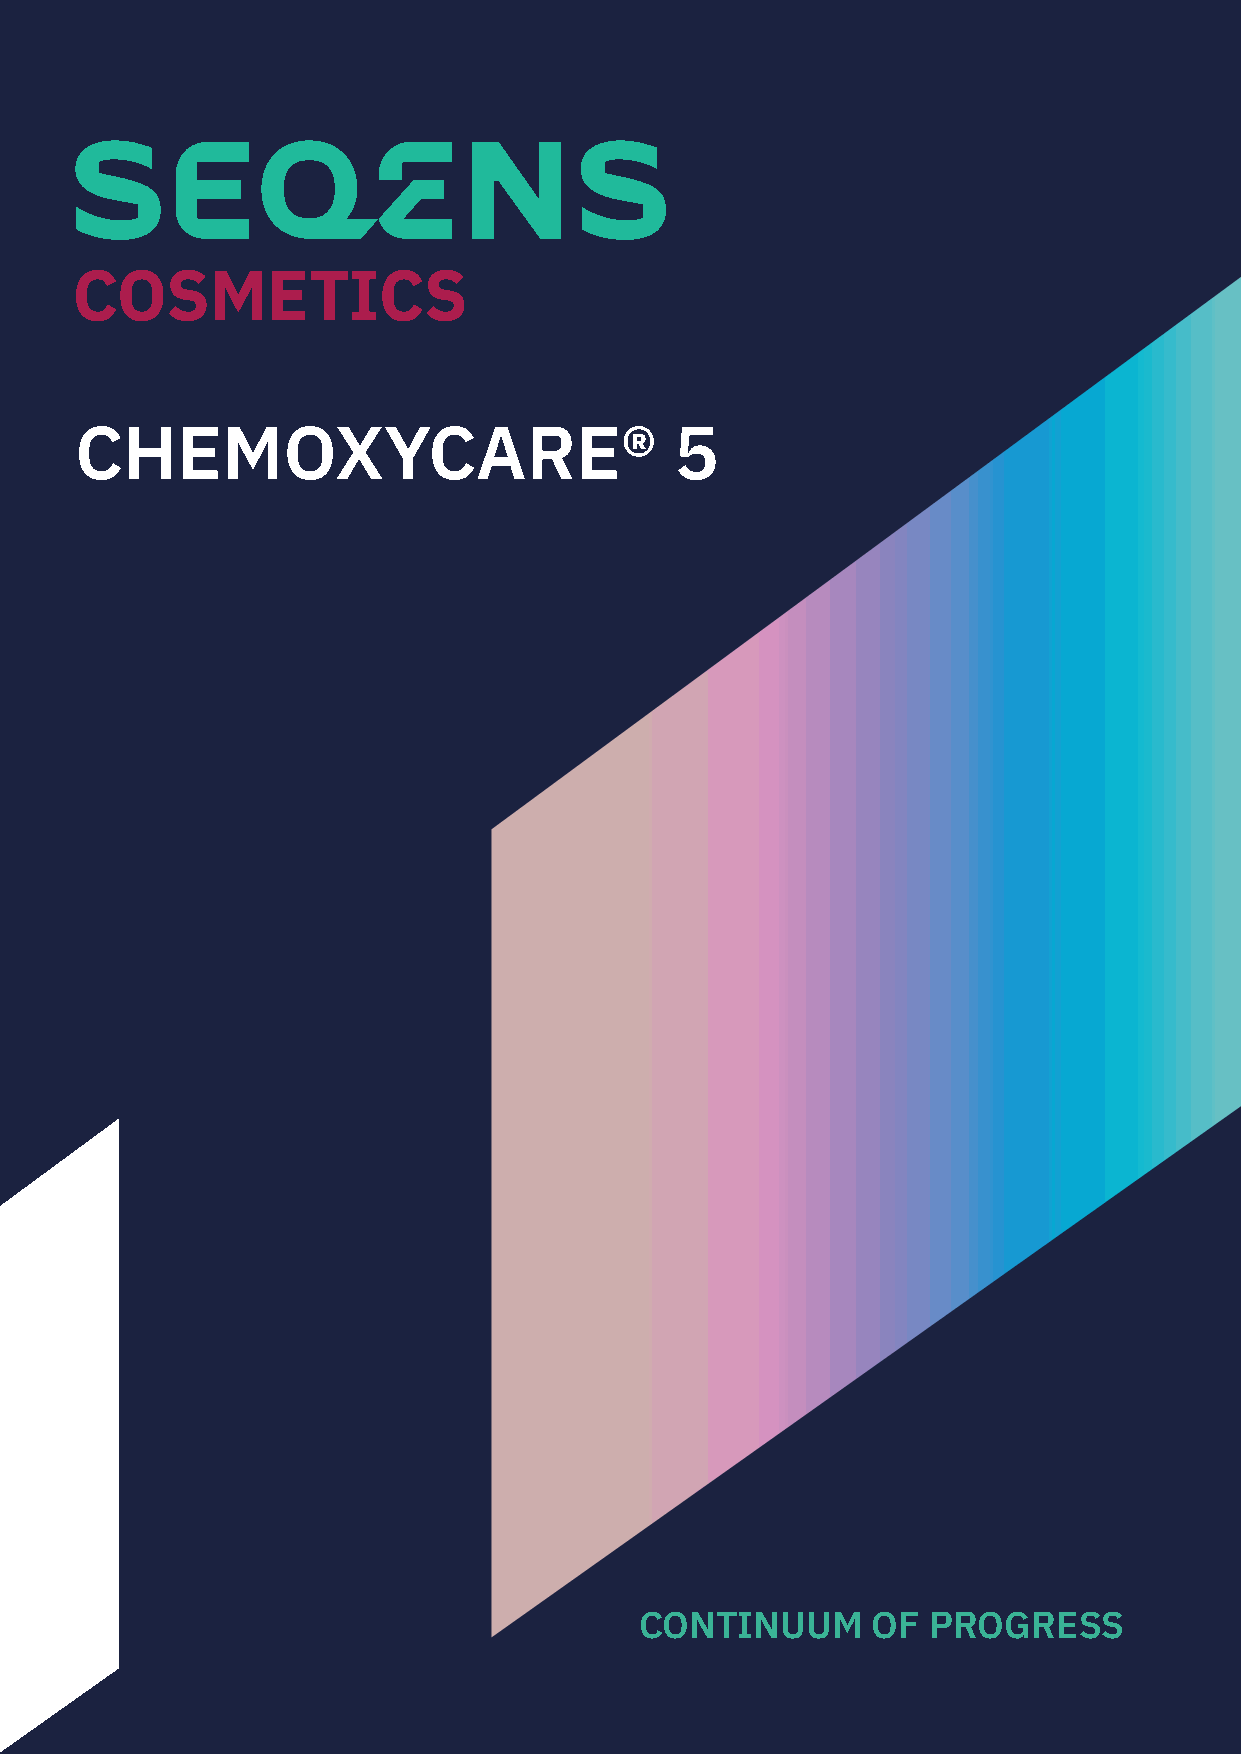
CHEMOXYCARE®                            5
 CONTINUUM       OF PROGRESS